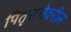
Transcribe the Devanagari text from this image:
पितृसत्तेवरील